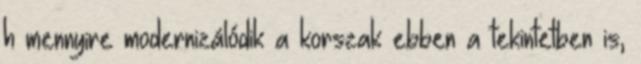
h mennyire modernizálódik a korszak ebben a tekintetben is,